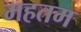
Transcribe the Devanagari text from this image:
महतम